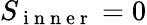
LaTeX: S_{\mathrm{~i~n~n~e~r~}}=0